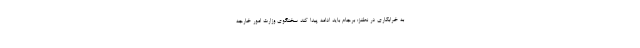
به خرابکاری در نطنز: برجام باید ادامه پیدا کند سخنگوی وزارت امور خارجه